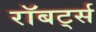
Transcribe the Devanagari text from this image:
रॉबर्ट्‍स